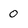
Character: 0